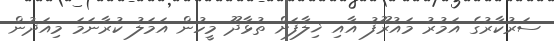
ސަރުކާރުގެ އަމުރު މައުރޫފު އާއި ޚިލާފަށް ތުޅާދޫ މީހުން އަމަލު ކުރާނަމަ މިއަދުން